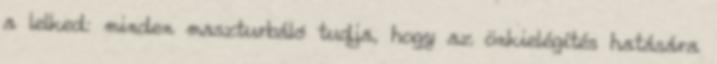
a lelked: minden maszturbáló tudja, hogy az önkielégítés hatására